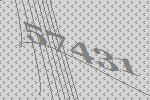
57431